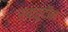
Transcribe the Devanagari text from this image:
सहरूदीन